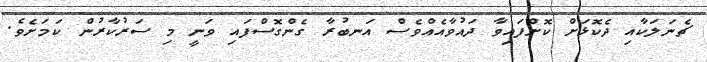
ޗެނަލަކާއި ދެކޮޅަށް ކޮށްފައިވާ ދައުވާއެއްވެސް އަނބުރާ ގެންގޮސްފައި ވަނީ މި ސަރުކާރުން ކަމަށެވެ.